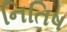
નિતિષ